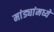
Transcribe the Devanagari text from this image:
मांड्यांमध्ये